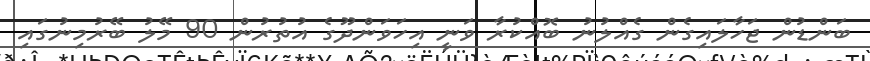
ބަންޑުން ޖަހާލައިގެން ގެއްލުނު ބޮއްކުރާ ވަނީ އިހަވަންދޫގެ އުތުރުން 90 މޭލު ބޭރުމިނުގައި